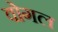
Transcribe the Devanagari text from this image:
वोगल